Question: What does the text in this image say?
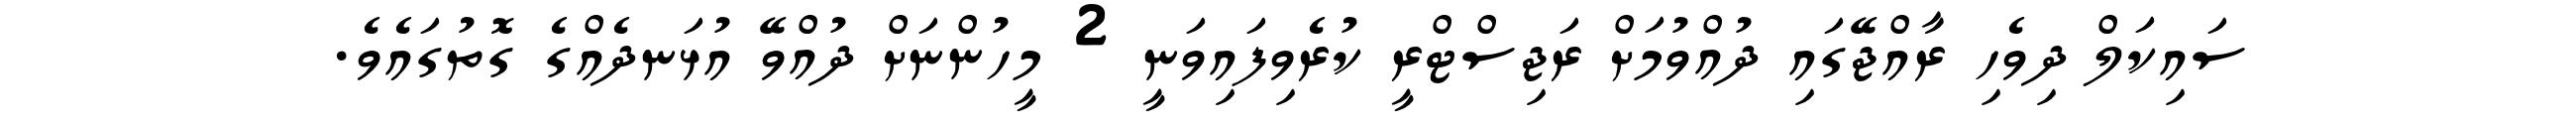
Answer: ސައިކަލް ދިވެހި ރާއްޖޭގައި ދުއްވުމަށް ރަޖިސްޓްރީ ކުރެވިފައިވަނީ 2 މީހުންނަށް ދުއްވޭ އުޅަނދެއްގެ ގޮތުގައެވެ.